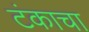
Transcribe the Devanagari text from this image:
टंकाचा